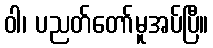
ဝါ၊ ပညတ်တော်မူအပ်ပြီ။